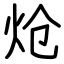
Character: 炝